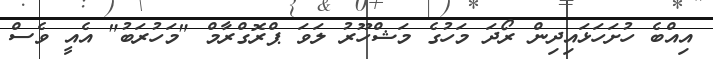
އިއްބެ ހުށަހަޅައިދިން ރޯދަ މަހުގެ މަޝްހޫރު ލަވަ ޕްރޮގްރާމް "މަހުރަބު" އެއީ ވެސް